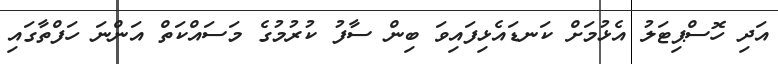
އަދި ހޮސްޕިޓަލު އެޅުމަށް ކަނޑައެޅިފައިވަ ބިން ސާފު ކުރުމުގެ މަސައްކަތް އަންނަ ހަފްތާގައި